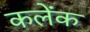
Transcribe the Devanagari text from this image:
कलेंक